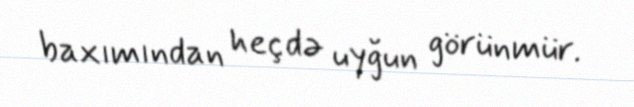
baxımından heç də uyğun görünmür.